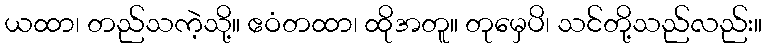
ယထာ၊ တည်သကဲ့သို့။ ဧဝံတထာ၊ ထိုအတူ။ တုမှေပိ၊ သင်တို့သည်လည်း။